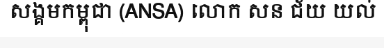
សង្គមកម្ពុជា (ANSA) លោក សន ជ័យ យល់